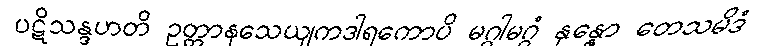
ပဋိသန္ဒဟတိ ဥတ္တာနသေယျကဒါရကောပိ မဂ္ဂါမဂ္ဂံ နုန္နော တေသမိဒံ